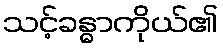
သင့်ခန္ဓာကိုယ်၏